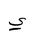
Letter: _ya